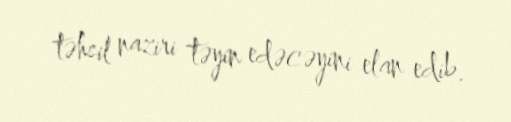
təhsil naziri təyin edəcəyini elan edib.